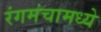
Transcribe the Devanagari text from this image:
रंगमंचामध्ये